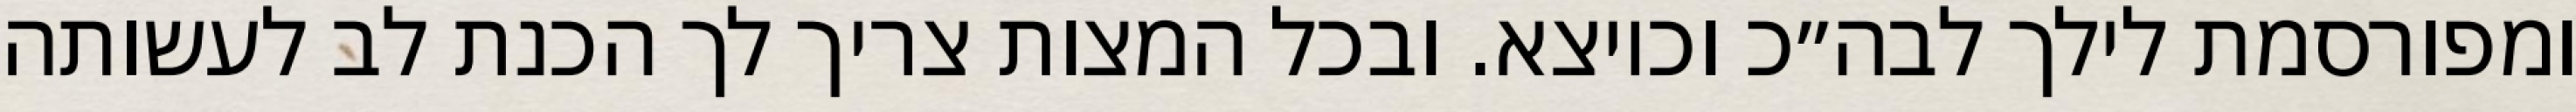
ומפורסמת לילך לבה״כ וכיוצא. ובכל המצות צריך לך הכנת לב לעשותה